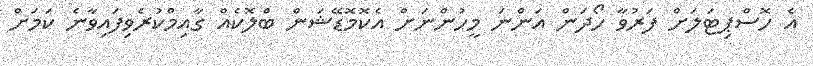
އެ ހޮސްޕިޓަލަށް ފަރުވާ ހޯދަން އަންނަ މީހުންނަށް އެކޮމޮޑޭޝަން ބްލޮކެއް ގާއިމްކުރެވިފައިވާނެ ކަމަށް